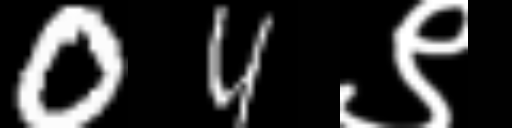
Text: 04९